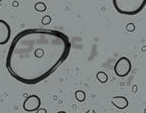
أفزعتني